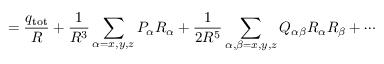
= { \frac { q _ { \mathrm { t o t } } } { R } } + { \frac { 1 } { R ^ { 3 } } } \sum _ { \alpha = x , y , z } P _ { \alpha } R _ { \alpha } + { \frac { 1 } { 2 R ^ { 5 } } } \sum _ { \alpha , \beta = x , y , z } Q _ { \alpha \beta } R _ { \alpha } R _ { \beta } + \cdots